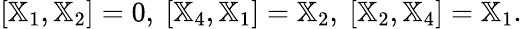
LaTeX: [{\mathbb X}_{1},{\mathbb X}_{2}]=0,~[{\mathbb X}_{4},{\mathbb X}_{1}]={\mathbb X}_{2},~[{\mathbb X}_{2},{\mathbb X}_{4}]={\mathbb X}_{1}.